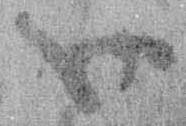
御